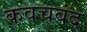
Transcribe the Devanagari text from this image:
कवचबंद